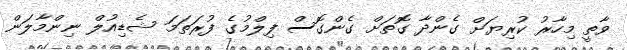
ވާތީ މިހާރު ކުރިޔަށް ގެންދާ ގޮތަށް ގެންގޮސް ފިލްމުގެ ފުރަތަމަ ޝެޑިއުލް ނިންމާލަން